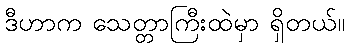
ဒီဟာက သေတ္တာကြီးထဲမှာ ရှိတယ်။